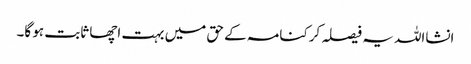
انشااللہ یہ فیصلہ کرکنامہ کے حق میں بہت اچھا ثابت ہو گا۔